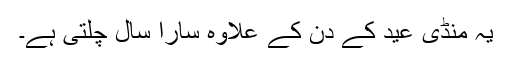
یہ منڈی عید کے دن کے علاوہ سارا سال چلتی ہے۔